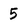
Character: 5